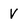
Character: V